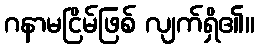
ဂနာမငြိမ်ဖြစ် လျက်ရှိ၏။